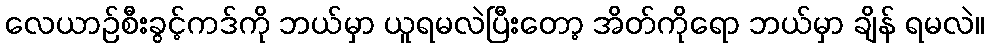
လေယာဉ်စီးခွင့်ကဒ်ကို ဘယ်မှာ ယူရမလဲပြီးတော့ အိတ်ကိုရော ဘယ်မှာ ချိန် ရမလဲ။